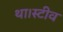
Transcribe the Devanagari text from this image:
था।स्टीव